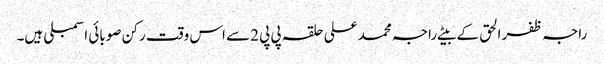
راجہ ظفر الحق کے بیٹے راجہ محمد علی حلقہ پی پی 2سے اس وقت رکن صوبائی اسمبلی ہیں۔